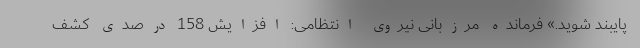
پایبند شوید.» فرمانده مرزبانی نیروی انتظامی: افزایش 158 درصدی کشف